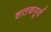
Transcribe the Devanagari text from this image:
शतकपूर्व